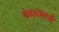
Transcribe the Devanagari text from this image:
बंदरांमध्ये